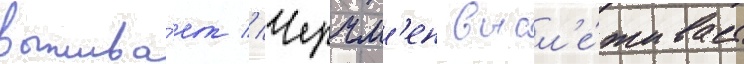
выжива́ет // Черчм'ен высл'е́живает